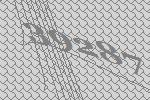
39287